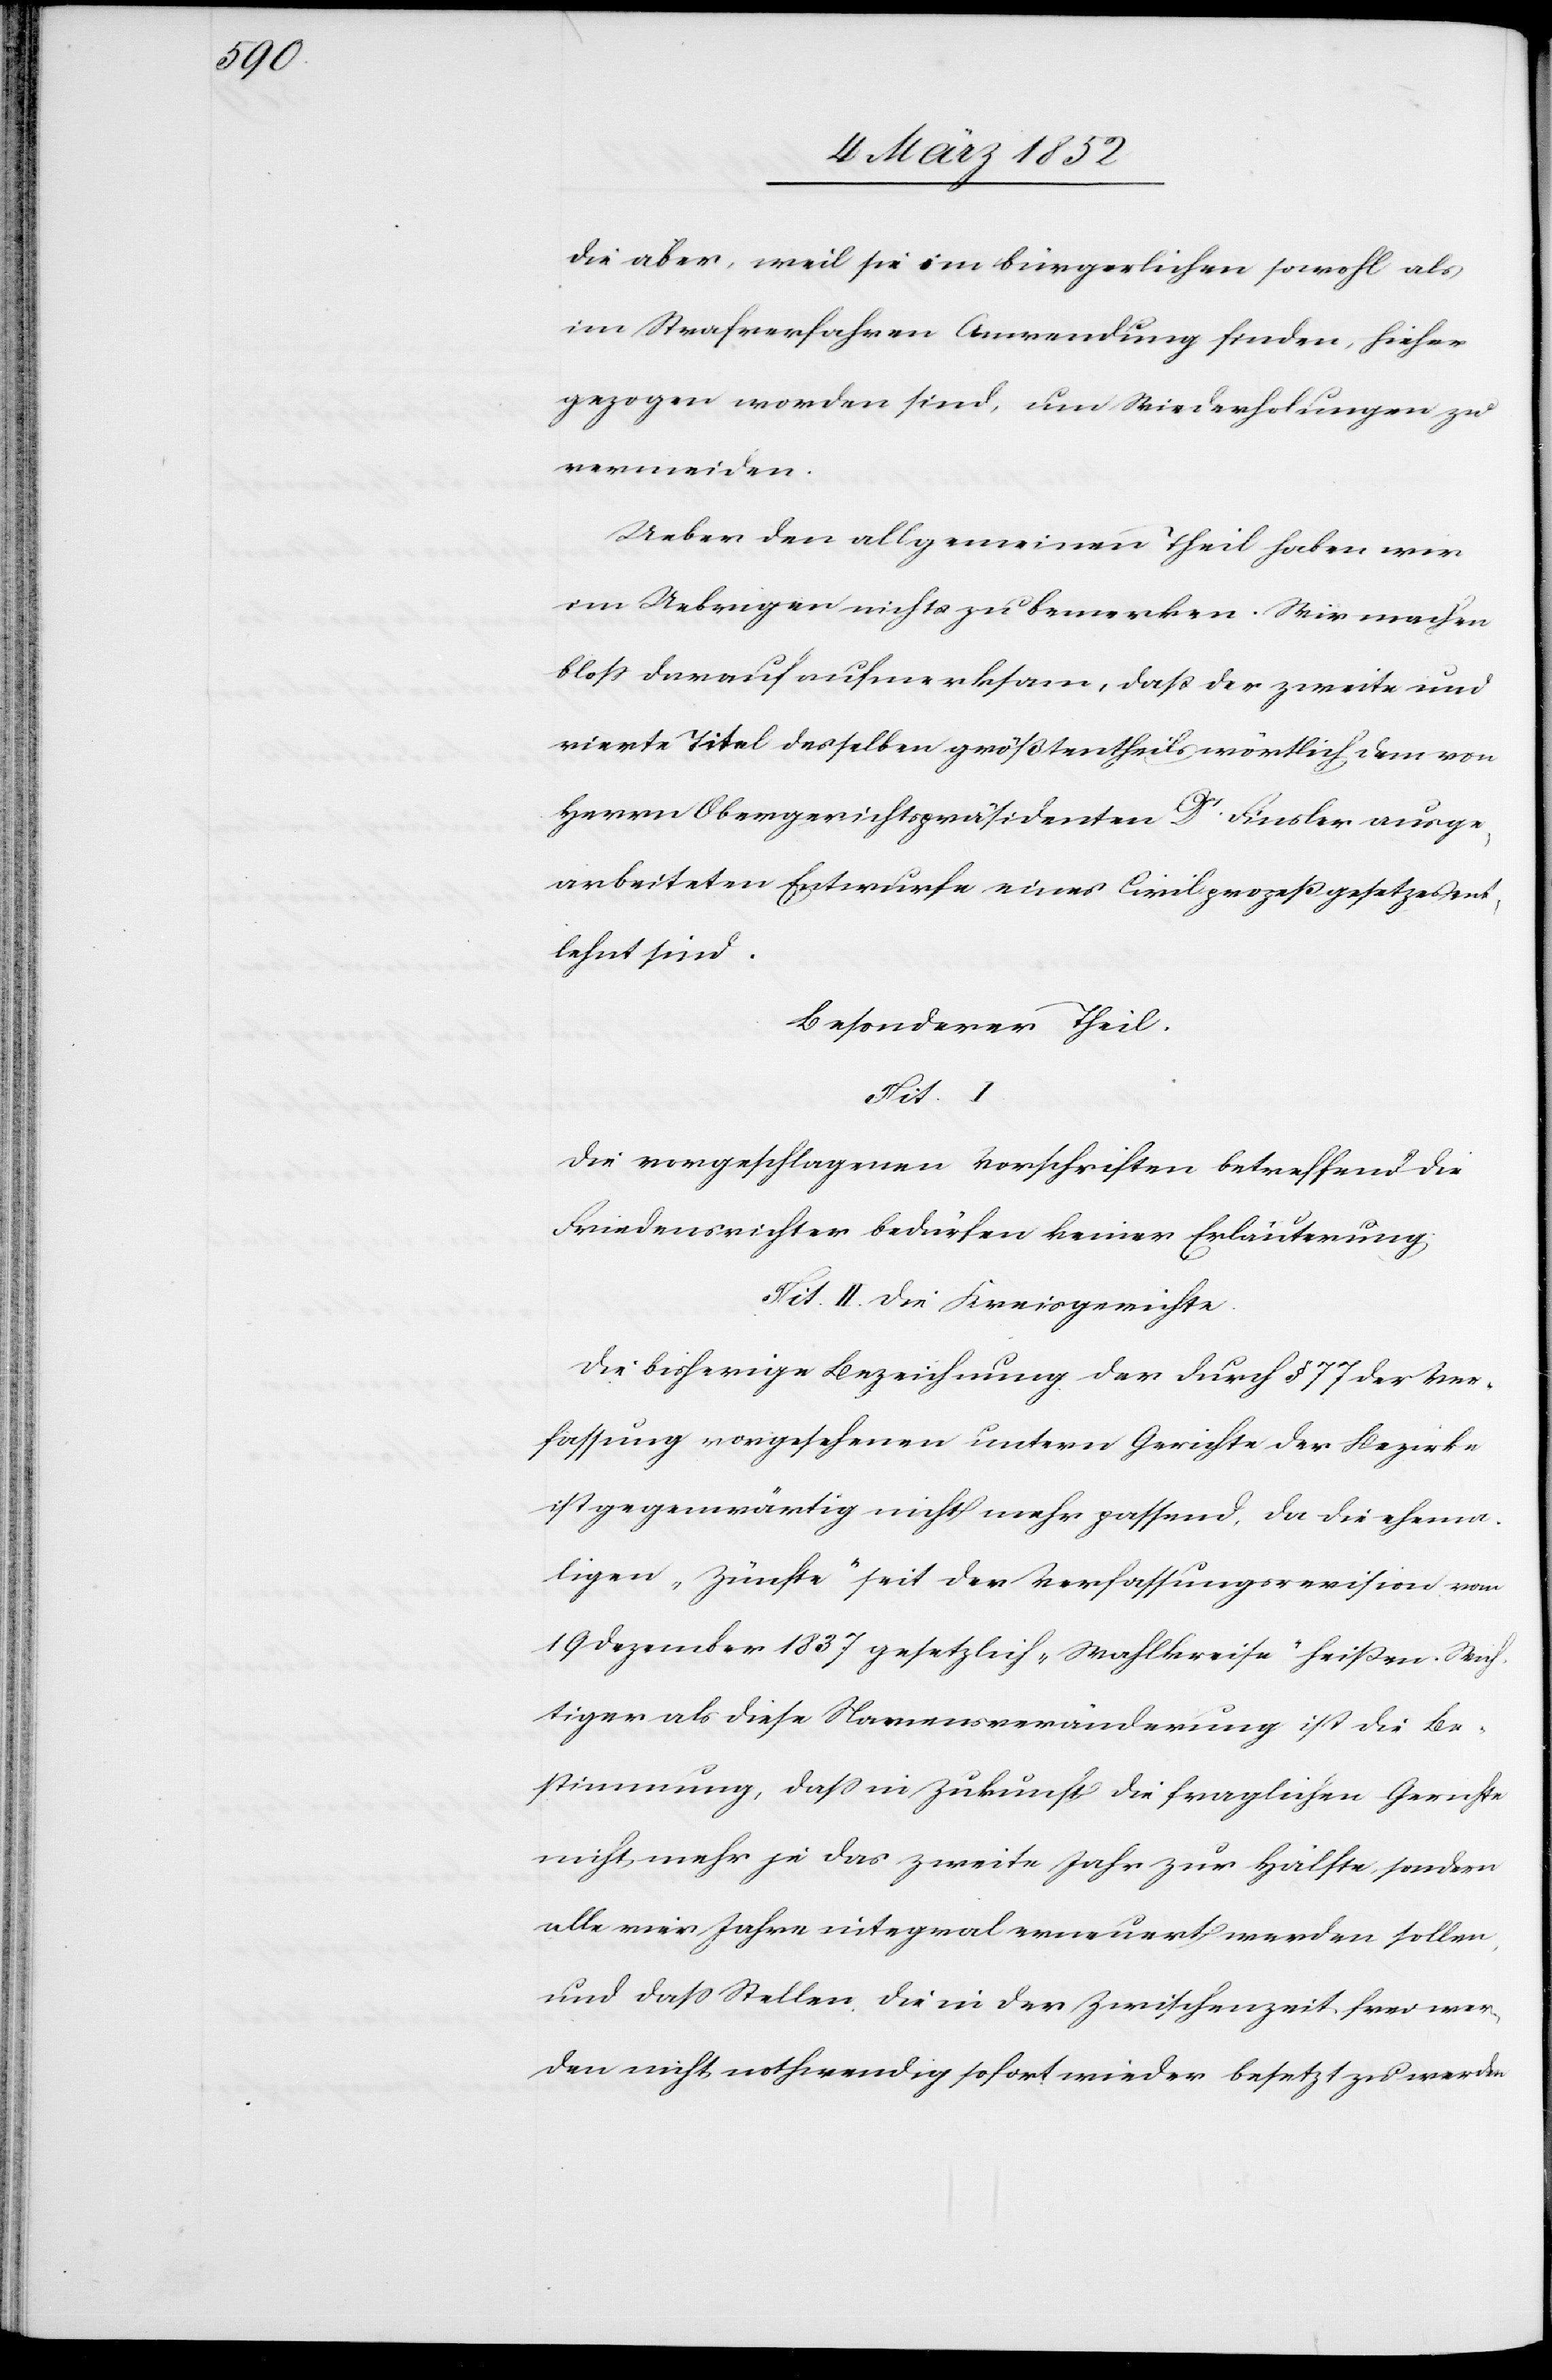
die aber, weil sie im bürgerlichen sowohl als
im Strafverfahren Anwendung finden, hieher
gezogen worden sind, um Wiederholungen zu
vermeiden.
Ueber den allgemeinen Theil haben wir
im Uebrigen nichts zu bemerken. Wir machen
bloß darauf aufmerksam, daß der zweite und
vierte Theil desselben größtentheils wörtlich dem von
Herrn Obergerichtspräsidenten Dr. Finsler ausge¬
arbeiteten Entwurfe eines Civilprozeßgesetzes ent¬
lehnt sind.
Besonderer Theil.
Tit.
Die vorgeschlagenen Vorschriften betreffend die
Friedensrichter bedürfen keiner Erläuterung.
Tit. II. Die Kreisgerichte.
Die bisherige Bezeichnung der durch § 77 der Ver¬
fassung vorgesehenen untern Gerichte der Bezirke
ist gegenwärtig nicht mehr passend, da die ehema¬
ligen „Zünfte“ seit der Verfassungsrevision vom
19 Dezember 1827 gesetzlich „Wahlkreise“ heißen. Wich¬
tiger als diese Namensveränderung ist die Be¬
stimmung, daß in Zukunft die fraglichen Gerichte
nicht mehr je das zweite Jahr zur Hälfte, sondern
alle vier Jahre integral erneuert werden sollen,
und daß Stellen, die in der Zwischenzeit frei wer¬
den nicht nothwendig sofort wieder besetzt zu werden